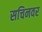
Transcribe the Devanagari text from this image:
सचिनवर